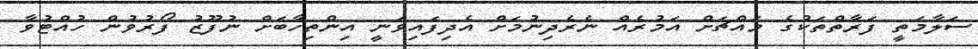
ސަލާމަތީ ފަރާތްތަކުގެ މައްޗަށް އަމުރެއް ނެރެދިނުމަށް އެދިފައިވަނީ އިންތިހާބަށް ނުފޫޒު ފޯރުވުން ހުއްޓުވާ